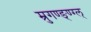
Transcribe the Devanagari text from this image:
म्रुगण्ङ्ण्ग्ल्